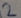
Text: 2